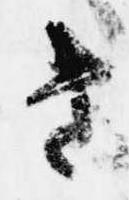
き